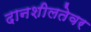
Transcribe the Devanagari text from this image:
दानशीलतेवर